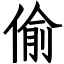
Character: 偷